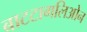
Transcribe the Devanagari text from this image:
बाटटागलिओन